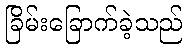
ခြိမ်းခြောက်ခဲ့သည်